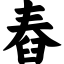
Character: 舂